Vaccination in Burma 1912-1922 - 1912-1922
Year: 1912
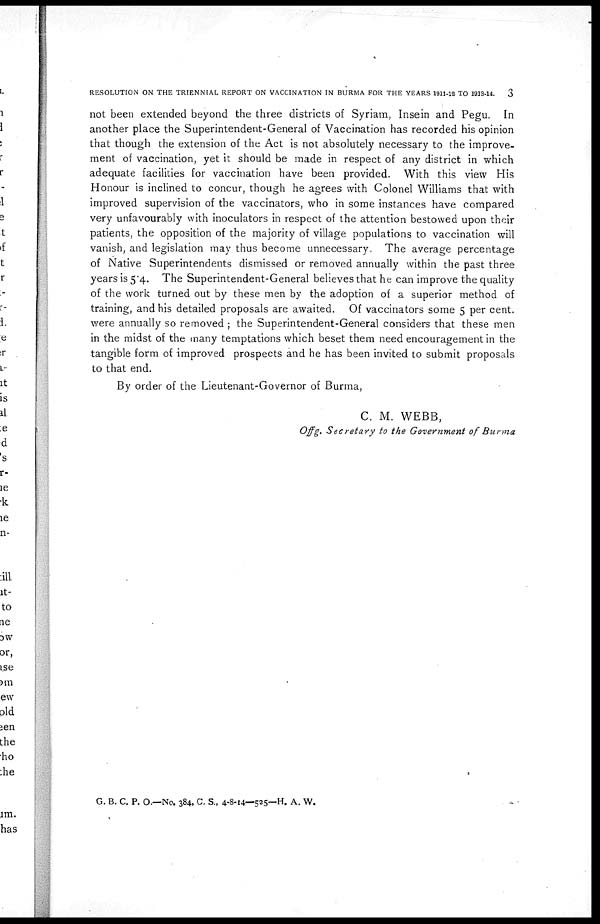
RESOLUTION ON THE TRIENNIAL REPORT ON VACCINATION IN BURMA FOR THE YEARS 1911-12 TO 1913-14.
3
not been extended beyond the three districts of Syriam, Insein and Pegu. In
another place the Superintendent-General of Vaccination has recorded his opinion
that though the extension of the Act is not absolutely necessary to the improve-
ment of vaccination, yet it should be made in respect of any district in which
adequate facilities for vaccination have been provided. With this view His
Honour is inclined to concur, though he agrees with Colonel Williams that with
improved supervision of the vaccinators, who in some instances have compared
very unfavourably with inoculators in respect of the attention bestowed upon their
patients, the opposition of the majority of village populations to vaccination will
vanish, and legislation may thus become unnecessary. The average percentage
of Native Superintendents dismissed or removed annually within the past three
years is 5.4. The Superintendent-General believes that he can improve the quality
of the work turned out by these men by the adoption of a superior method of
training, and his detailed proposals are awaited. Of vaccinators some 5 per cent.
were annually so removed ; the Superintendent-General considers that these men
in the midst of the many temptations which beset them need encouragement in the
tangible form of improved prospects and he has been invited to submit proposals
to that end.
By order of the Lieutenant-Governor of Burma,
C. M. WEBB,
Offg. Secretary to the Government of Burma
G. B. C. P. O.—No. 384, C. S., 4-8-14—525—H. A. W.